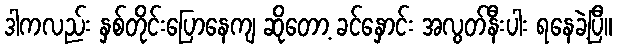
ဒါကလည်း နှစ်တိုင်းပြောနေကျ ဆိုတော့ ခင်နှောင်း အလွတ်နီးပါး ရနေခဲ့ပြီ။